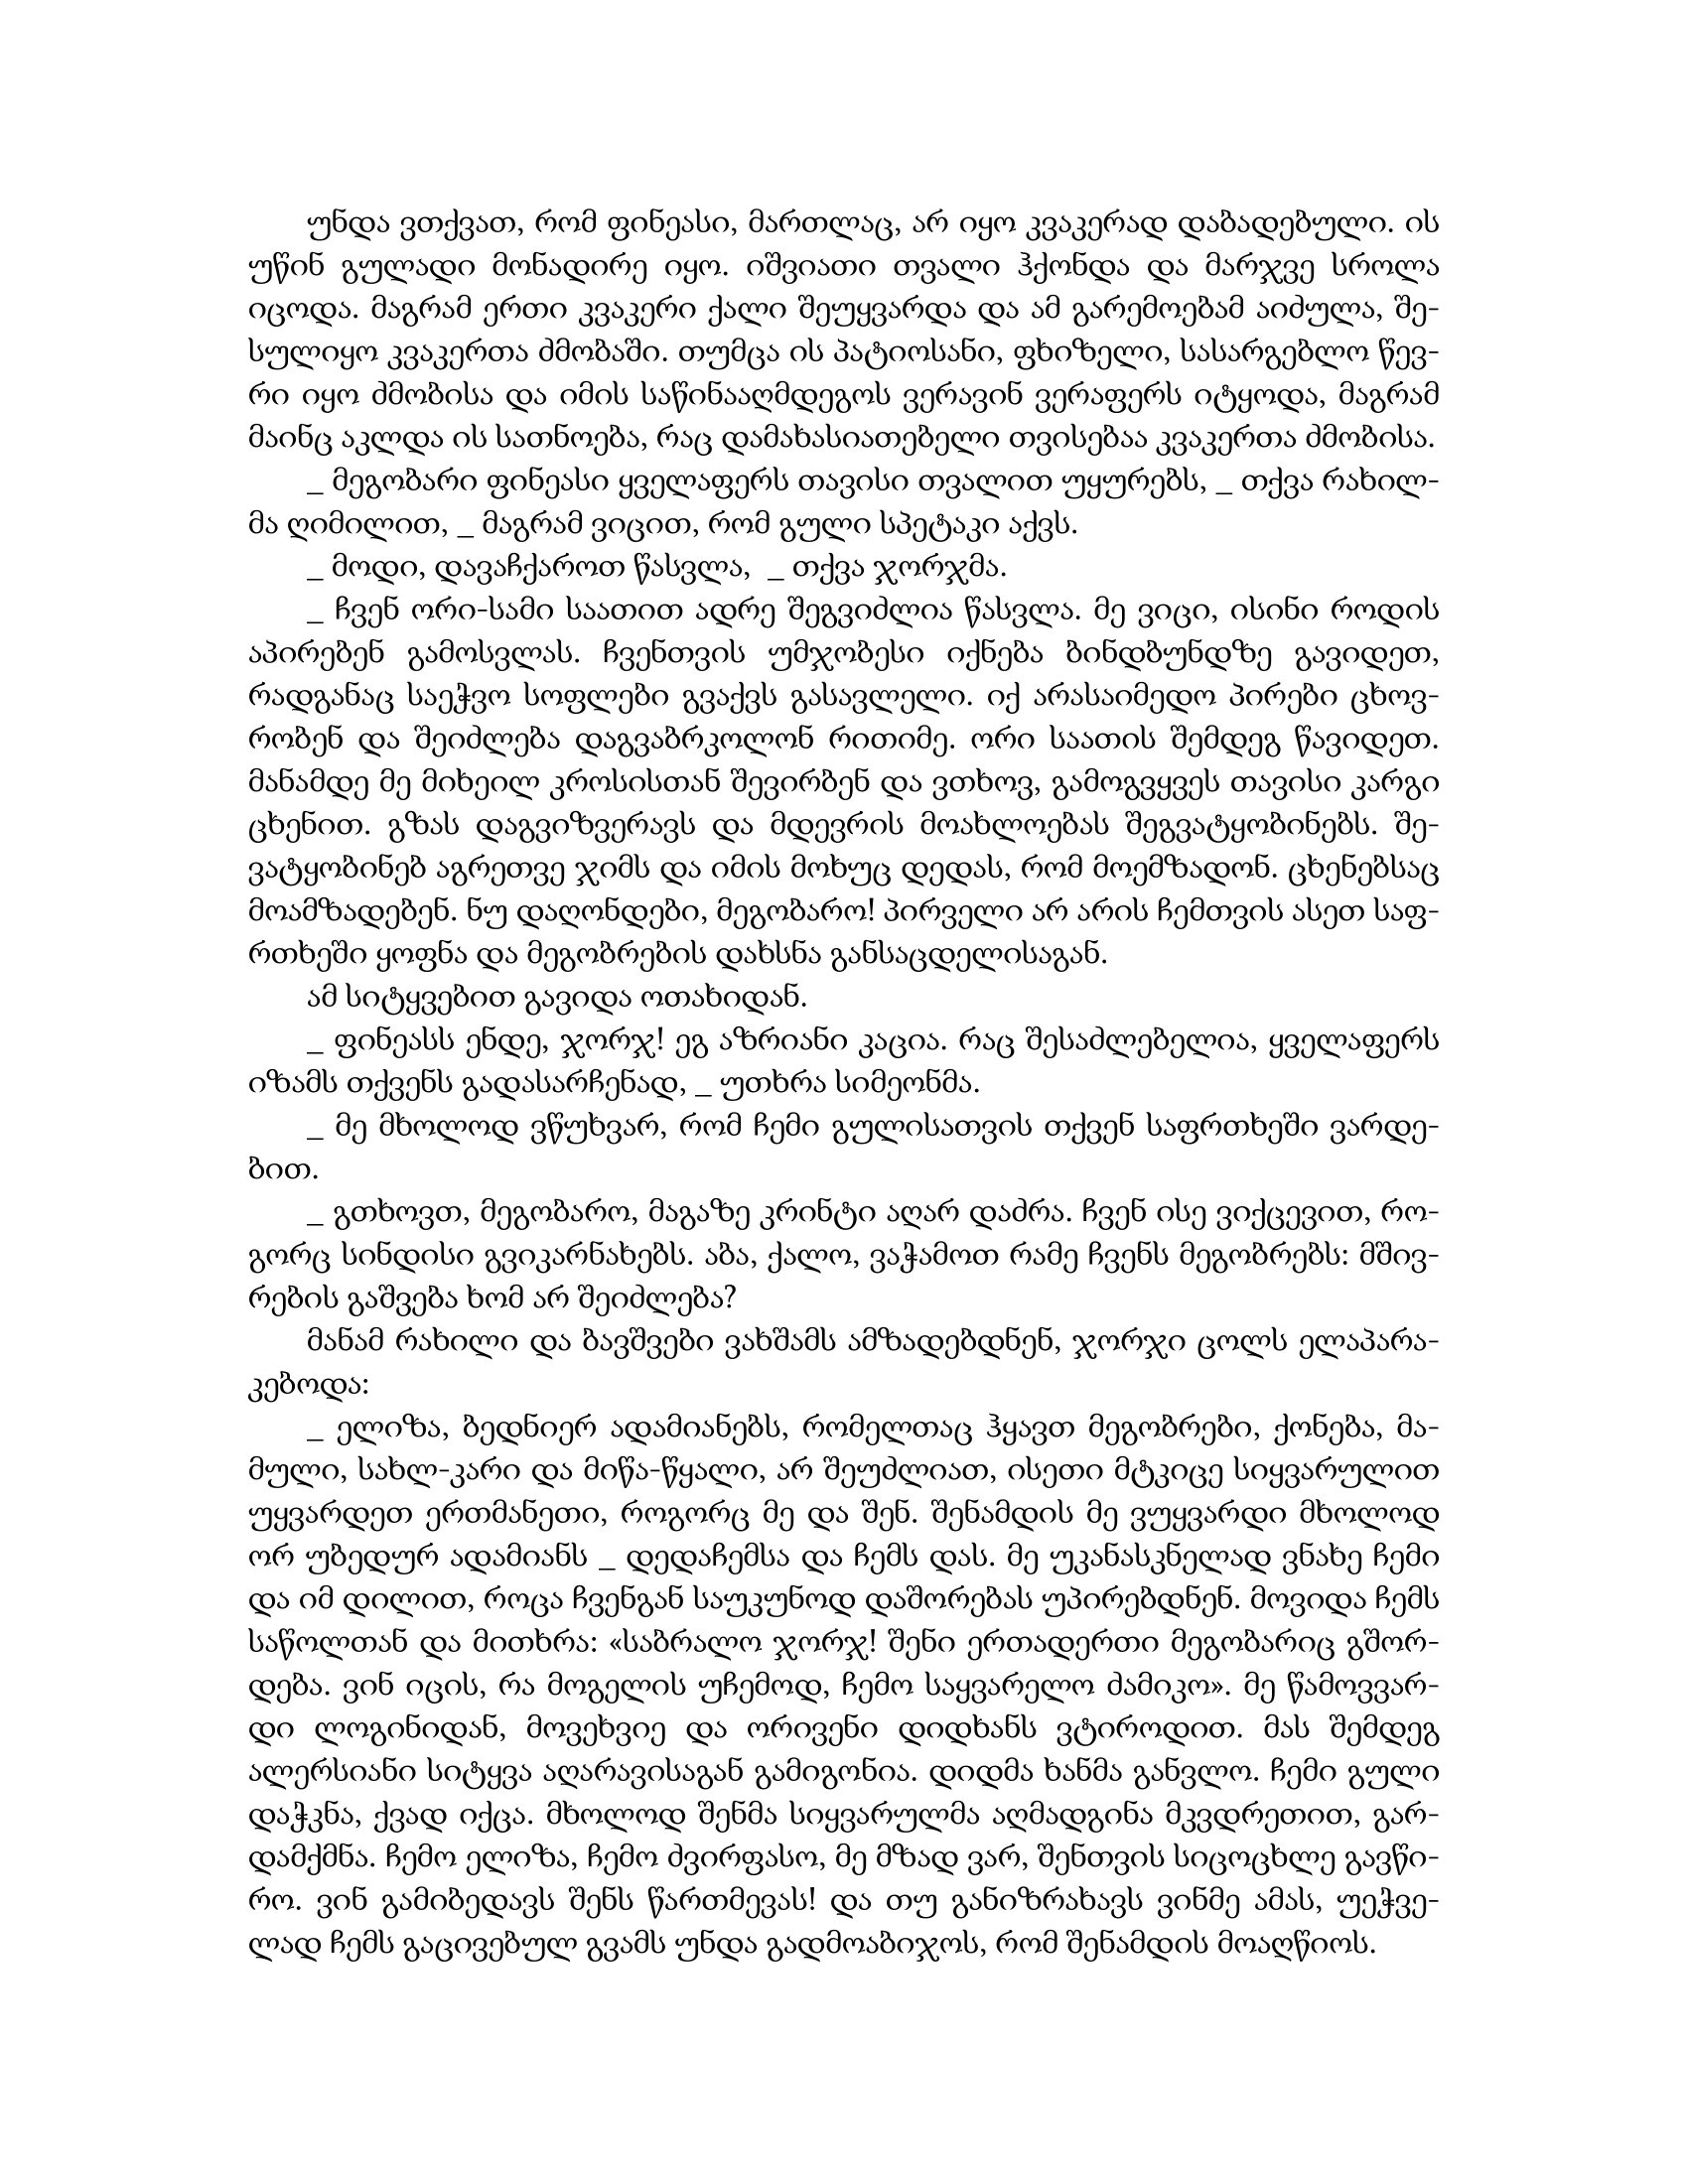
Language: gr